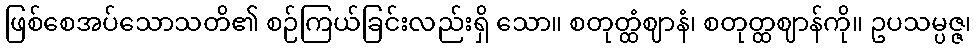
ဖြစ်စေအပ်သောသတိ၏ စဉ်ကြယ်ခြင်းလည်းရှိ သော။ စတုတ္ထံဈာနံ၊ စတုတ္ထဈာန်ကို။ ဥပသမ္ပဇ္ဇ၊